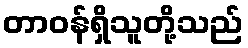
တာဝန်ရှိသူတို့သည်